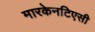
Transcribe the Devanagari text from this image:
मारकेनटिएसी